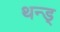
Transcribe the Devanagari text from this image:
थन्ड्